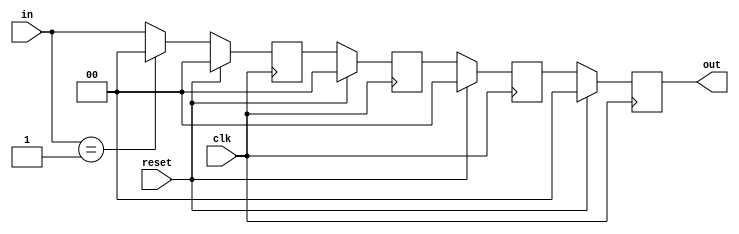
module buffer (in,out,reset,clk);
input  [1:0] in;
output [1:0] out;
input reset;
input clk;

reg [1:0] tmp1;
reg [1:0] tmp2;
reg [1:0] tmp3;
reg [1:0] tmp4;

always @(posedge clk) begin
	if(reset==1'b1) begin
		tmp1 <= 2'b0;
		tmp2 <= 2'b0;
		tmp3 <= 2'b0;
		tmp4 <= 2'b0;
	end
	else begin
		tmp1 <= (in==2'b01)?2'b00:in;
		tmp2 <= tmp1;
		tmp3 <= tmp2;
		tmp4 <= tmp3;
	end
end

assign out = tmp4;
endmodule